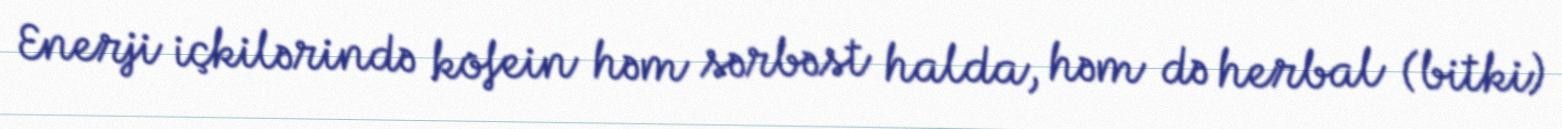
Enerji içkilərində kofein həm sərbəst halda, həm də herbal (bitki)